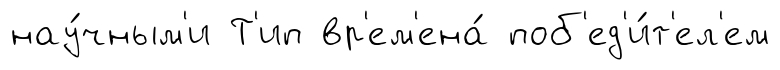
нау́чным'и Т'ип вр'ем'ена́ поб'ед'и́т'ел'ем